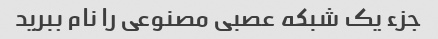
جزء یک شبکه عصبی مصنوعی را نام ببرید